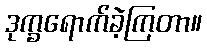
ဒုက္ခရောက်ခဲ့ကြတာ။